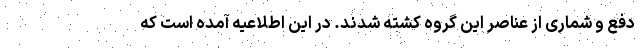
دفع و شماری از عناصر این گروه کشته شدند. در این اطلاعیه آمده است که